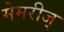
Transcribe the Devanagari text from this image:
मेमरीज्